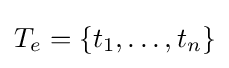
T_{e}=\{t_{1},\ldots ,t_{n}\}